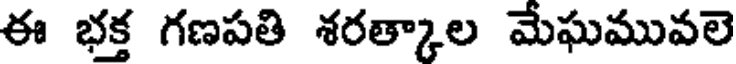
ఈ భక్త గణపతి శరత్కాల మేఘమువలె